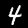
Digit: 4